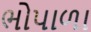
ભોપાળા